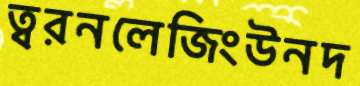
ত্বরনলেজিংউনদ